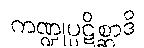
ကဏ္ဍုပ္ပဋိစ္ဆာဒိ